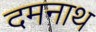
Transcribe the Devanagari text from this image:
दमनाथ